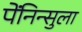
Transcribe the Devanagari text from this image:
पेंनिन्सुला